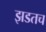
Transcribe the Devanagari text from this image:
झडतच